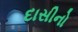
દાસીનો